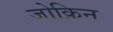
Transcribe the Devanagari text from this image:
जोक़िन